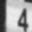
Digit: 4